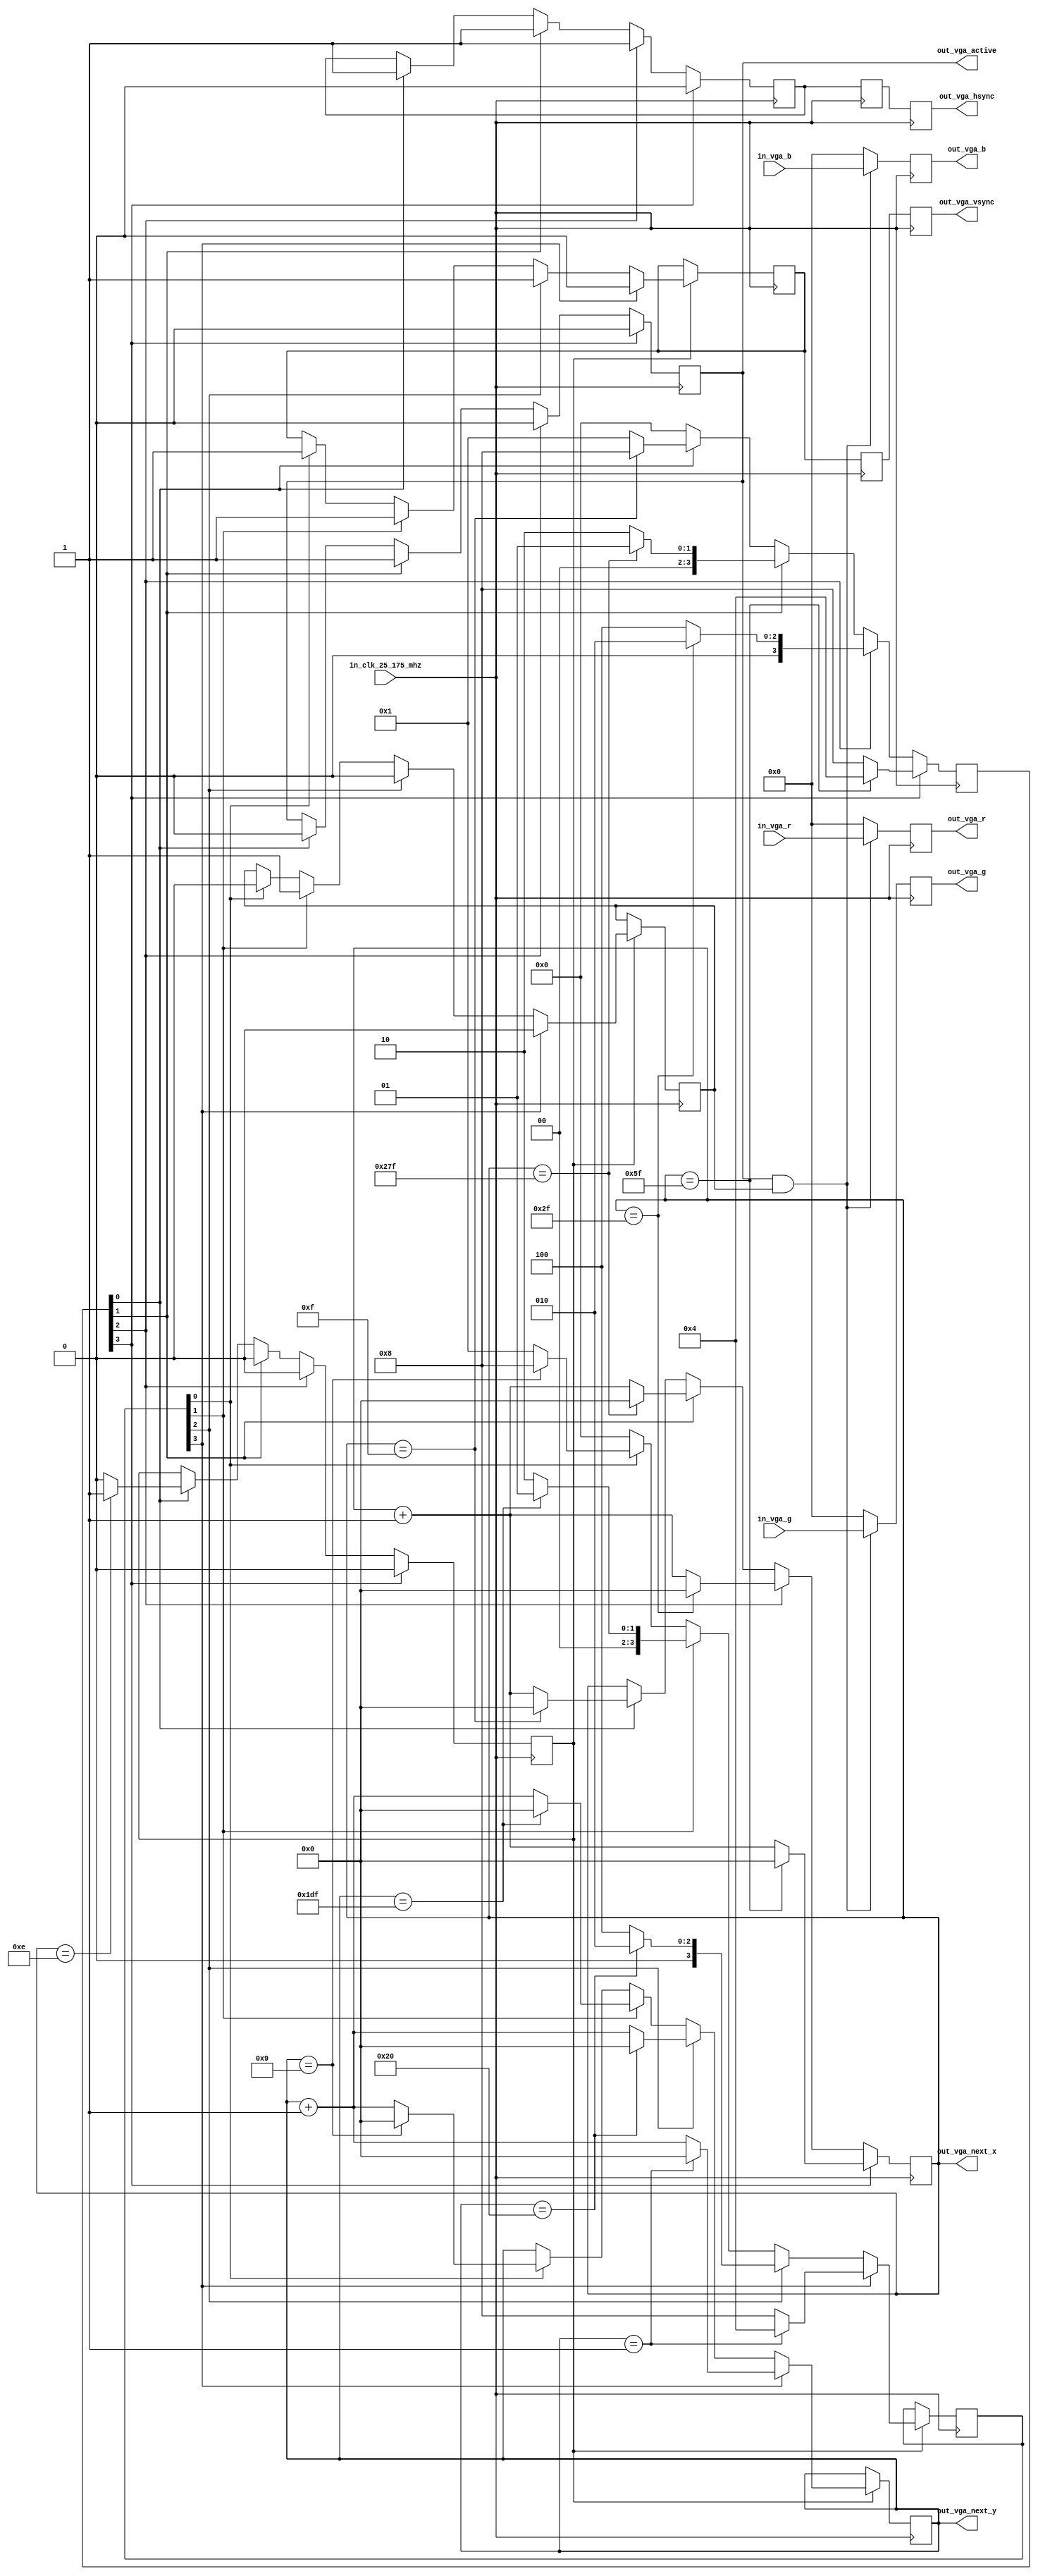
module mod_vga_encoder(
  input in_clk_25_175_mhz,
  input [7:0] in_vga_r,
  input [7:0] in_vga_g,
  input [7:0] in_vga_b,

  output [7:0] out_vga_r,
  output [7:0] out_vga_g,
  output [7:0] out_vga_b,
  output out_vga_hsync,
  output out_vga_vsync,
  output [9:0] out_vga_next_x,
  output [9:0] out_vga_next_y,
  output       out_vga_active
);

// Sync Outputs
reg hsync, hsync_delay1, hsync_delay2;
reg vsync, vsync_delay1, vsync_delay2;
reg new_line = 0;

// 
reg [9:0] pix_x = 0;
reg [9:0] pix_y = 0;

// 
reg       active_x = 0;
reg       active_y = 0;
reg       active_x_delay = 0;
reg       active_y_delay = 0;

// Some other constants for the VGA signal. Each line begins
// with actual image data, then an H-Sync front porch, pulse,
// and back porch, which are used for locking onto a signal at
// the monitor. A similar thing happens after the last line
// of color data: There are several lines forming a V-Sync
// front porch, pulse, and back porch.
parameter res_x = 640;
parameter res_y = 480;

parameter hpulse = 96;   // hsync pulse length
parameter hbp    = 48;   // horizontal back porch
parameter hfp    = 16;   // horizontal front porch

parameter vpulse = 2;    // vsync pulse length
parameter vbp    = 33;   // vertical back porch
parameter vfp    = 10;   // vertical front porch

// horizontal/vertical pixels per line including non-visible
parameter hpixels = res_x + hfp + hpulse + hbp;
parameter vlines  = res_y + vfp + vpulse + vbp;

// Horizontal and vertical sync state, one-hot encoding
reg [3:0] horiz_state = 4'b1000;
reg [3:0] vert_state = 4'b1000;

always @(posedge in_clk_25_175_mhz) begin
  casex (horiz_state)
    4'b1xxx: begin // Sync Pulse
      hsync <= 1'b0;
      active_x <= 1'b0;
      new_line <= 1'b0;

      if (pix_x == (hpulse - 1)) begin
        horiz_state <= 4'b0100;
        pix_x <= 0;
      end else begin
        horiz_state <= 4'b1000;
        pix_x <= pix_x + 1;
      end
    end

    4'bx1xx: begin // Back Porch
      hsync <= 1'b1;
      active_x <= 1'b0;
      new_line <= 1'b0;

      if (pix_x == (hbp - 1)) begin
        horiz_state <= 4'b0010;
        pix_x <= 0;
      end else begin
        horiz_state <= 4'b0100;
        pix_x <= pix_x + 1;
      end
    end

    4'bxx1x: begin // Active
      hsync <= 1'b1;
      active_x <= 1'b1;
      new_line <= 1'b0;

      if (pix_x == (res_x - 1)) begin
        horiz_state <= 4'b0001;
        pix_x <= 0;
      end else begin
        horiz_state <= 4'b0010;
        pix_x <= pix_x + 1;
      end
    end

    4'bxxx1: begin // Front Porch
      hsync <= 1'b1;
      active_x <= 1'b0;

      if (pix_x == (hfp - 2)) begin
        new_line <= 1;
      end else begin
        new_line <= 0;
      end

      if (pix_x == (hfp - 1)) begin
        horiz_state <= 4'b1000;
        pix_x <= 0;
      end else begin
        horiz_state <= 4'b0001;
        pix_x <= pix_x + 1;
      end
    end
  endcase

  if (new_line) begin
    casex (vert_state)
      4'b1xxx: begin // Sync Pulse
        vsync <= 1'b0;
        active_y <= 1'b0;

        if (pix_y == (vpulse - 1)) begin
          vert_state <= 4'b0100;
          pix_y <= 0;
        end else begin
          vert_state <= 4'b1000;
          pix_y <= pix_y + 1;
        end
      end

      4'bx1xx: begin // Back Porch
        vsync <= 1'b1;
        active_y <= 1'b0;

        if (pix_y == (vbp - 1)) begin
          vert_state <= 4'b0010;
          pix_y <= 0;
        end else begin
          vert_state <= 4'b0100;
          pix_y <= pix_y + 1;
        end
      end

      4'bxx1x: begin // Active
        vsync <= 1'b1;
        active_y <= 1'b1;

        if (pix_y == (res_y - 1)) begin
          vert_state <= 4'b0001;
          pix_y <= 0;
        end else begin
          vert_state <= 4'b0010;
          pix_y <= pix_y + 1;
        end
      end

      4'bxxx1: begin // Front Porch
        vsync <= 1'b1;
        active_y <= 1'b0;

        if (pix_y == (vfp - 1)) begin
          vert_state <= 4'b1000;
          pix_y <= 0;
        end else begin
          vert_state <= 4'b0001;
          pix_y <= pix_y + 1;
        end
      end
    endcase
  end

  hsync_delay1 <= hsync;
  hsync_delay2 <= hsync_delay1;

  vsync_delay1 <= vsync;
  vsync_delay2 <= vsync_delay1;

  active_x_delay <= active_x;
  active_y_delay <= active_y;

  if (active_x & active_y) begin
    out_vga_r <= in_vga_r;
    out_vga_g <= in_vga_g;
    out_vga_b <= in_vga_b;
  end else begin
    out_vga_r <= 0;
    out_vga_g <= 0;
    out_vga_b <= 0;
  end
end

// In this video mode, hsync and vsync are active low when the pulse
// is supposed to take place
assign out_vga_hsync = hsync_delay2;
assign out_vga_vsync = vsync_delay2;

assign out_vga_next_x = pix_x;
assign out_vga_next_y = pix_y;
assign out_vga_active = active_x;

endmodule